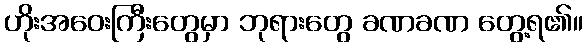
ဟိုးအဝေးကြီးတွေမှာ ဘုရားတွေ ခဏခဏ တွေ့ရ၏။